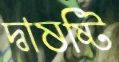
দ্বাষষ্টি